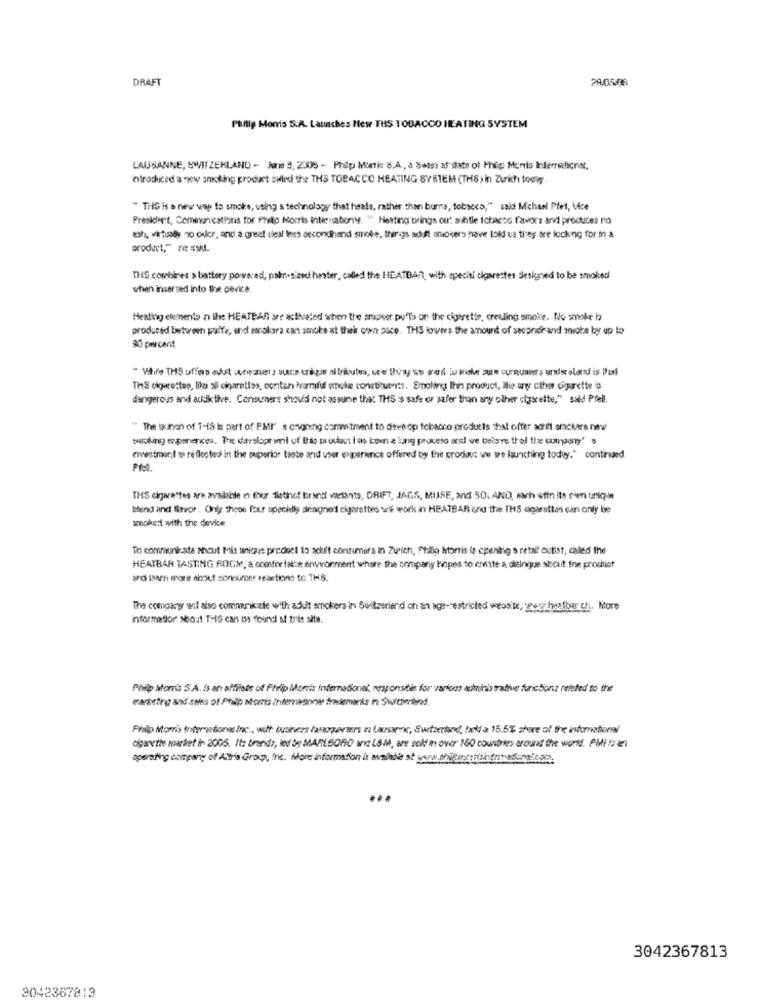
DRAFT
29.0501
Philip Monis S.A. Launches New THS TOBACCO HEATING SYSTEM
LAUSANNE, SWITZERLAND - June 3, 2005 - Philp Honic S.A, a Swiss af date of Philip Morris Inderretions,
introduced a new ankiking product ouled the THS TOBACCO HEATING SYSTEM (THS) in Zurich toowy.
" THIS is a new way to smoke, using s technology that heale, rather than burns, tobacco," said Michael Pfet, Vice
President, Communications for Philo Morris Internationy. " Heating brings out achtle tobacco favors arvi produces no
ash, virtually no ouler, and a great deal less secondhand smoke, things adult smokers have lol ta they are looking for ! a
product," ne sait.
THS combines a battery powered, pak-sized hester, called the HEATDAR, with special cigarettes designed to be smoked
when inserted into the device.
Heating elements in the HEATPAR are activated when the amover puffa on the cigarette, creeling smoke. No smoke ba
produced between puffe, and sanokara cant smoke at their own pace. THS toutes the amount of secondir and ante by up to
90 percent
THS ciqueestes, like all cigarettes, contan harmful emek constituents. Smoling Ihn product, Th any other cigarette is
dangerous and addictive. Contuners should not assume that THS :s safe or safer than any olher cizseite," said Pfel.
" The sun of THIS is part of FMI" s ongning commitment to develop tobacco products that offer soft snickers new
wwwroling er ponerkes. Tree darsloprimi of Ilão paudavt has icoen a long proceso onl we beisve thol tize cumgeny' s
evestmunt wp refleoteci in the superior taste and user experience offered by the product we we launching today." continued
THS cigarettes are available et four distinct tirand værtants, DRIFT, JAGS, MIJSE, and 50. AND, svh stin its own unique
blend and Bavor, Only theos four specially designed cigarettes we work in HEATBAR and the THS cigarettes can only be
amokert with the device
To communicate about Mis unique product to adult consumers in Zurich, Philip Morris la cpening s retal outist, called the
HEATBAR TASTING ROGM, & comfortakok arwwonment where the company hopes to ensate & distingue sicut the product
and lari more about sonoumer reactions to THS.
The company wil also communicate with ackuit smokers in Switzerland on an age-restricted weosite, wwwy hesibar ch. More
information about THG can IS found M this site.
Philip Morris S.A. is en affiists of Philip Morris International, responsible for varices achuinis trative funcbonus related to the
marketing and sales of Philip Morris Internagones trademarks h: Switzerland.
Přalp Morris International Inc ., wilt. busivers haogavters na Lausanne, Switzerland, held a 15.5% stere of the international
cigarette market in 2006. It: brands, led be MARLBORO and L&M, are sol in over 160 countries aroast the world. PMI 1221
operating company of Altria Group, Inc. More information is available at ochRechter angicon
3042367813
3042367813